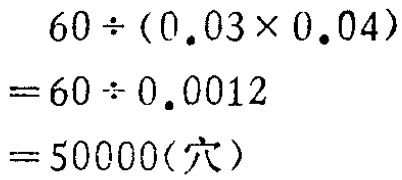
\[

\begin{align*}

&60\div(0.03\times0.04)\\

=&60\div0.0012\\

=&50000(\text{穴})

\end{align*}

\]